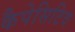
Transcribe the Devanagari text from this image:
कैपेसिटिव